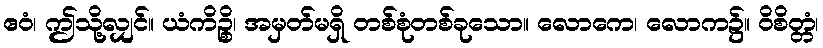
ဧဝံ၊ ဤသို့လျှင်။ ယံကိဉ္စိ၊ အမှတ်မရှိ တစ်စုံတစ်ခုသော။ လောကေ၊ လောက၌။ ဝိစိတ္တံ၊